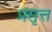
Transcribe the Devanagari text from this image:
प्रसृत्त